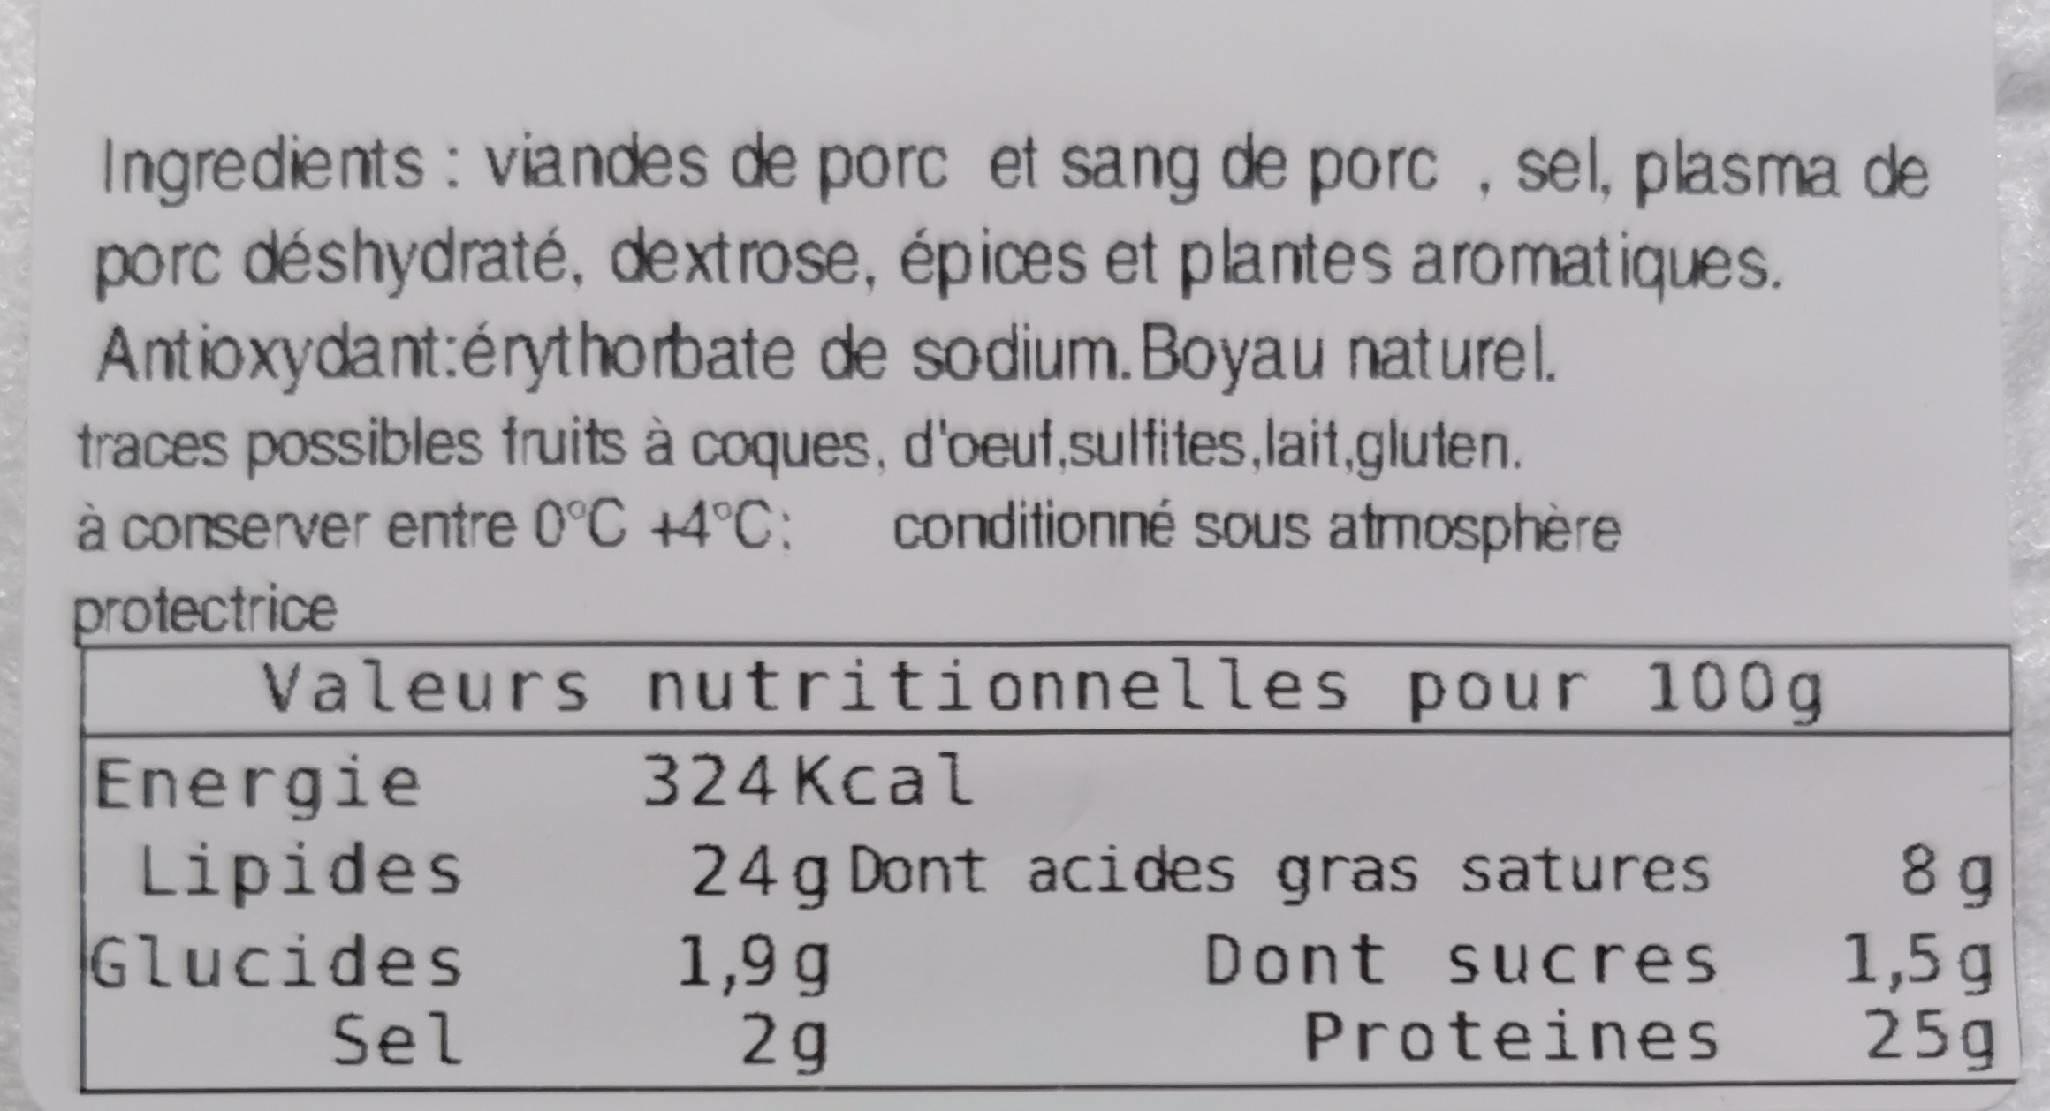
Ingredients : viandes de porc et sang de porc , sel, plasma de porc déshydraté, dextrose, épices et plantes aromatiques. Antioxydant:érythorbate de sodium.Boyau naturel. traces possibles fruits à coques, d'oeuf,sulfites,lait.gluten. à conserver entre 0°C +4°C: protectrice Valeurs nutritionnelles pour 100g Energie Lipides Glucides conditionné sous atmosphère 324 Kcal 24g Dont acides gras satures 1,9 g 2g Dont sucres Proteines 1,5g 25g Sel